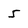
Character: 5